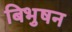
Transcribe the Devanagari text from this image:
बिभुषन